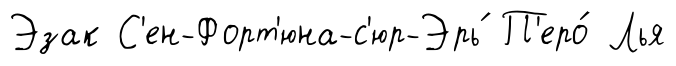
Эзак С'ен-Форт'юна-с'юр-Эрь́ П'еро́ Лья